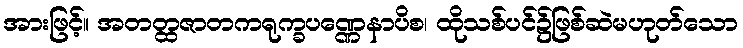
အားဖြင့်။ အတတ္ထဇာတကရုက္ခပဏ္ဏေနာပိစ၊ ထိုသစ်ပင်၌ဖြစ်ဆဲမဟုတ်သော